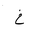
Letter: _kha